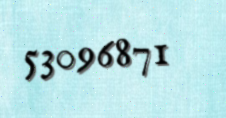
53096871